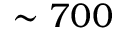
\sim 7 0 0